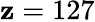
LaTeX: \mathbf{z}=127